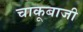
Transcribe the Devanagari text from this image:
चाकूबाजी